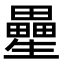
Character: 㽮